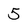
Character: 5